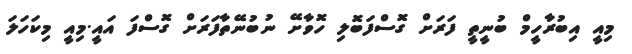
މިއީ އިބުރާހީމް ބުނީތީ ފަރަށް ގޮސްފަބޮލި ހޮވާށޭ ނުބުނޭތާފަރަށް ގޮސްފަ އައީ.މިއީ މިކަހަލަ